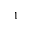
^ { 1 }